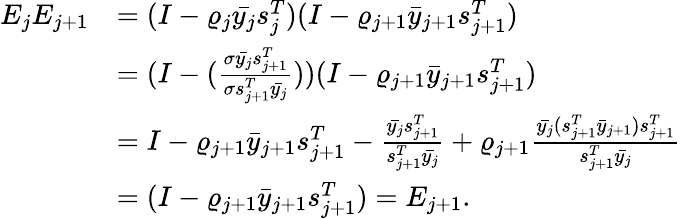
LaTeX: \begin{array}{rl}{E_{j}E_{j+1}}&{=(I-\varrho_{j}\bar{y_{j}}s_{j}^{T})(I-\varrho_{j+1}\bar{y}_{j+1}s_{j+1}^{T})}\\ &{=(I-(\frac{\sigma\bar{y_{j}}s_{j+1}^{T}}{\sigma s_{j+1}^{T}\bar{y_{j}}}))(I-\varrho_{j+1}\bar{y}_{j+1}s_{j+1}^{T})}\\ &{=I-\varrho_{j+1}\bar{y}_{j+1}s_{j+1}^{T}-\frac{\bar{y_{j}}s_{j+1}^{T}}{s_{j+1}^{T}\bar{y_{j}}}+\varrho_{j+1}\frac{\bar{y_{j}}(s_{j+1}^{T}\bar{y}_{j+1})s_{j+1}^{T}}{s_{j+1}^{T}\bar{y_{j}}}}\\ &{=(I-\varrho_{j+1}\bar{y}_{j+1}s_{j+1}^{T})=E_{j+1}.}\end{array}